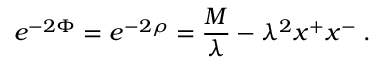
e ^ { - 2 \Phi } = e ^ { - 2 \rho } = { \frac { M } { \lambda } } - \lambda ^ { 2 } x ^ { + } x ^ { - } \; .